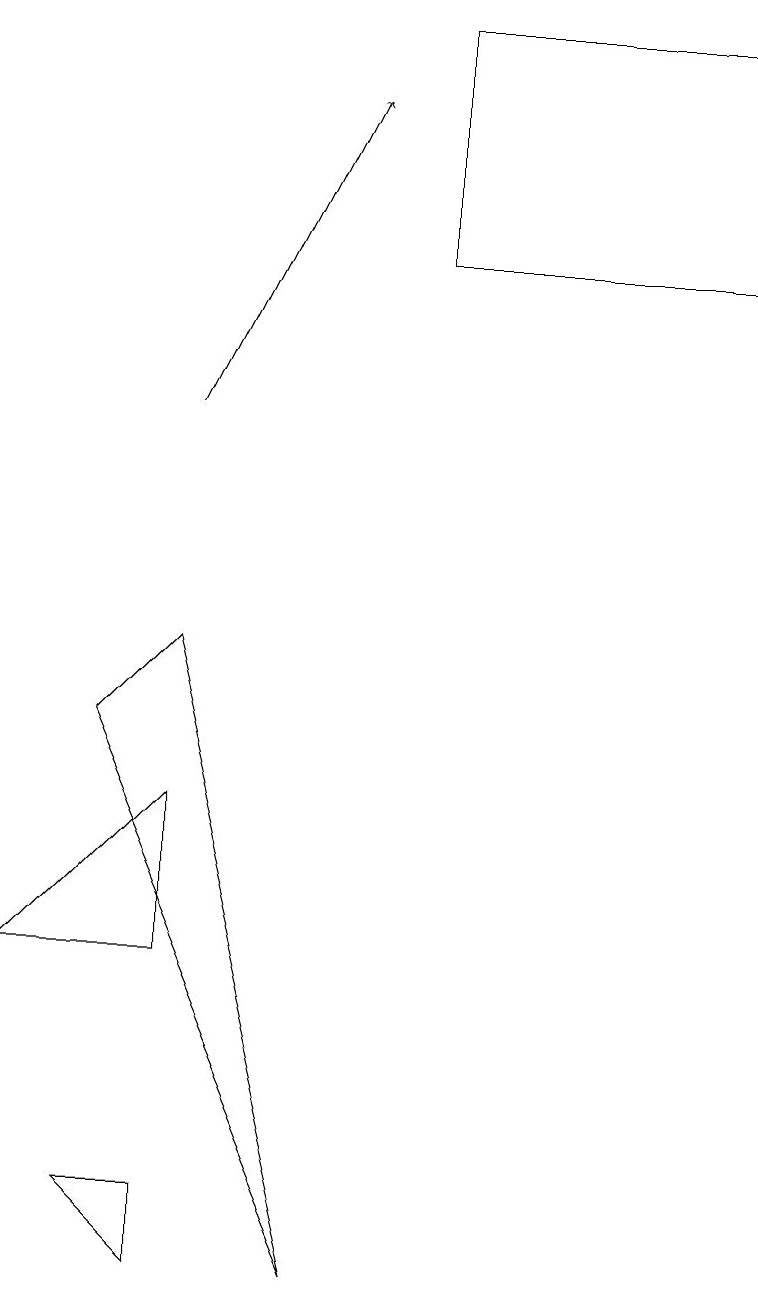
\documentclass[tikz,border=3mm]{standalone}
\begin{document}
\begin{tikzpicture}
\draw (2,5) -- (0,5) -- (2,7) -- cycle;
\draw (4,1) -- (2,9) -- (1,8) -- cycle;
\draw (5,17) rectangle (9,14);
\draw[->] (2,12) -- (4,16);
\draw (2,2) -- (2,1) -- (1,2) -- cycle;
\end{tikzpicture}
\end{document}